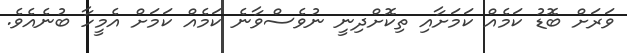
ވަރަށް ބޮޑު ކަމެއް ކަމަށާއި ތިކޮށްދިނީ ނުވެސްވާނެ ކަމެއް ކަމަށް އެމީހާ ބުނެއެވެ.